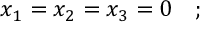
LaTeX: x _ { 1 } = x _ { 2 } = x _ { 3 } = 0 \quad ;